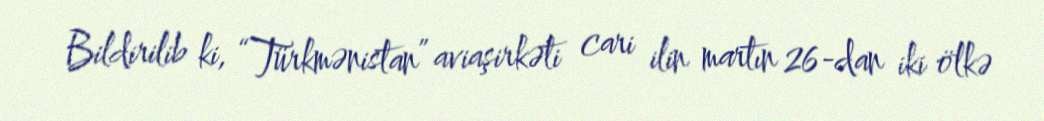
Bildirilib ki, “Türkmənistan” aviaşirkəti cari ilin martın 26-dan iki ölkə